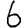
Digit: 6